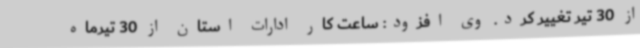
از 30 تیر تغییر کرد. وی افزود: ساعت کار ادارات استان از 30 تیرماه